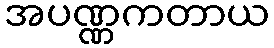
အပဏ္ဏကတာယ